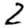
Digit: 2